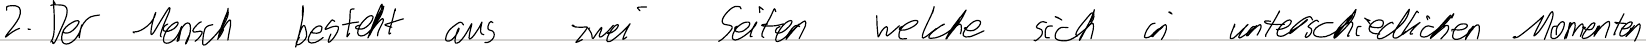
2. Der Mensch besteht aus zwei Seiten welche sich in unterschiedlichen Momenten